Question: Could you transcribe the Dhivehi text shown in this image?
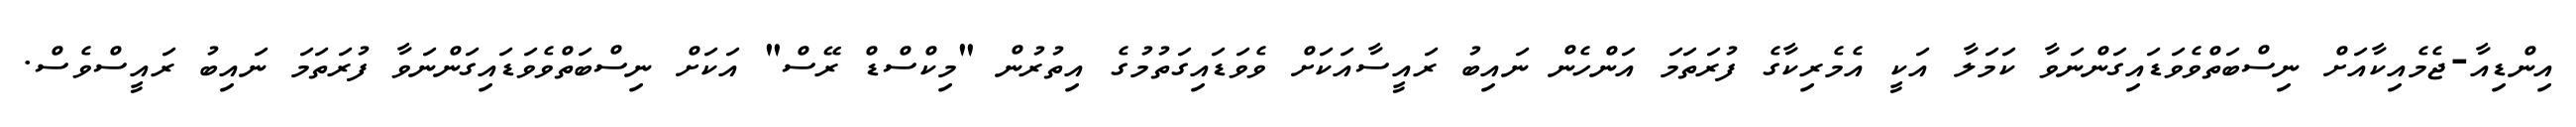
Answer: އިންޑިއާ-ޖެމެއިކާއަށް ނިސްބަތްވެވަޑައިގަންނަވާ ކަމަލާ އަކީ އެމެރިކާގެ ފުރަތަމަ އަންހެން ނައިބު ރައީސާއަކަށް ވެވަޑައިގަތުމުގެ އިތުރުން "މިކްސްޑް ރޭސް" އަކަށް ނިސްބަތްވެވަޑައިގަންނަވާ ފުރަތަމަ ނައިބު ރައީސްވެސް.